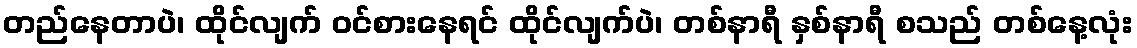
တည်နေတာပဲ၊ ထိုင်လျက် ဝင်စားနေရင် ထိုင်လျက်ပဲ၊ တစ်နာရီ နှစ်နာရီ စသည် တစ်နေ့လုံး